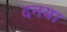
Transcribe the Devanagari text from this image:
दनया